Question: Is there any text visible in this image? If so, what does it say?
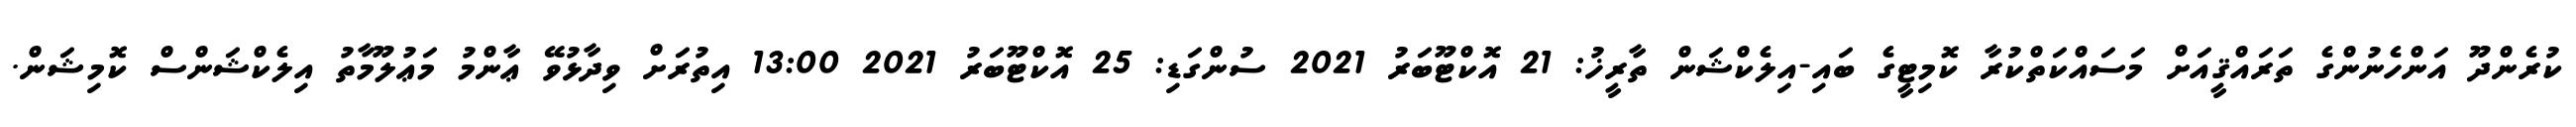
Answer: ކުރެންދޫ އަންހެނުންގެ ތަރައްޤީއަށް މަސައްކަތްކުރާ ކޮމިޓީގެ ބައި-އިލެކްޝަން ތާރީޚު: 21 އޮކްޓޫބަރު 2021 ސުންގަޑި: 25 އޮކްޓޫބަރު 2021 13:00 އިތުރަށް ވިދާޅުވޭ ޢާންމު މަޢުލޫމާތު އިލެކްޝަންސް ކޮމިޝަން.